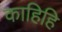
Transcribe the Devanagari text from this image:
काहिहि